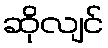
ဆိုလျင်